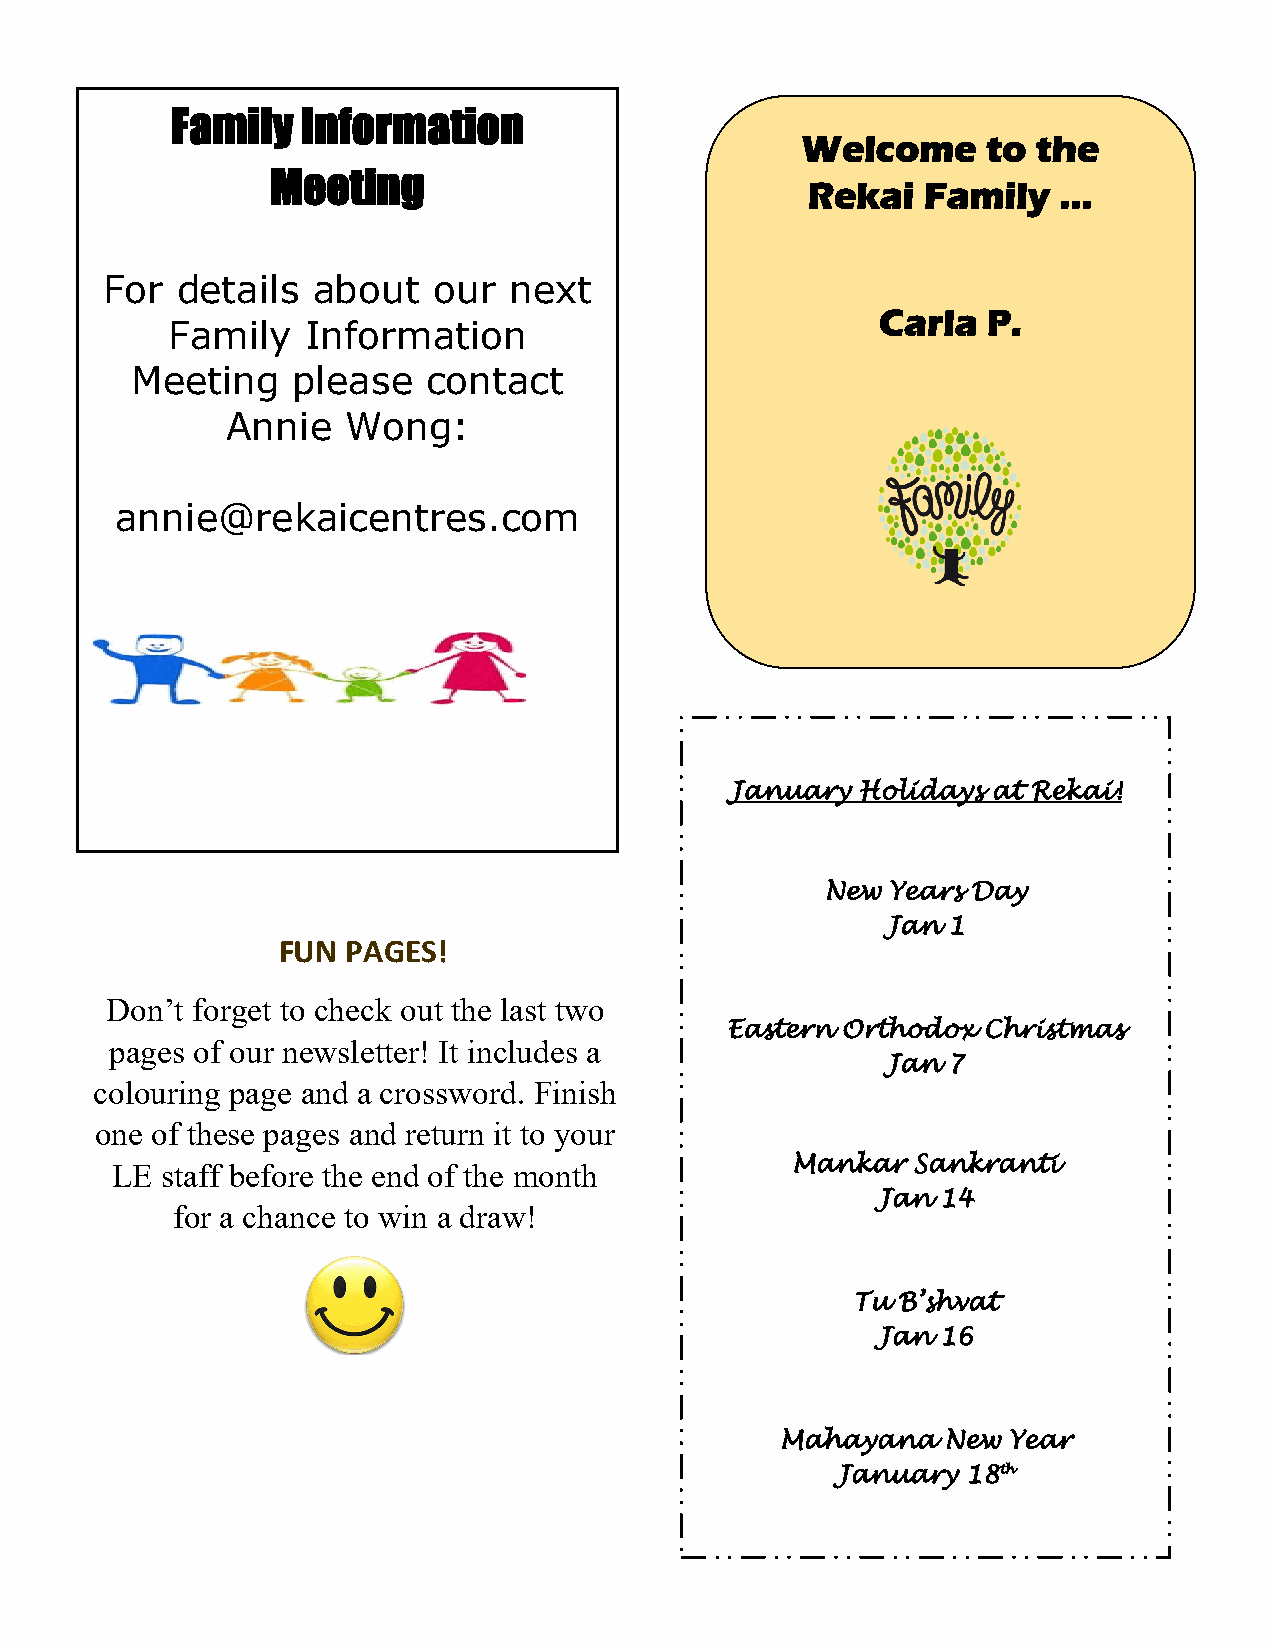
Family   Information
 Welcome     to  the
 Meeting                            Rekai   Family   …
 For  details  about   our  next
 Carla  P.
 Family   Information
 Meeting   please   contact
 Annie   Wong:
 annie@rekaicentres.com
 January  Holidays at Rekai!
 New Years Day
 Jan 1
 FUN  PAGES!
 Don’t forget to check out the last two
 Eastern Orthodox Christmas
 pages of our newsletter! It includes a
 Jan 7
 colouring page and a crossword. Finish
 one of these pages and return it to your
 Mankar  Sankranti
 LE  staff before the end of the month
 Jan 14
 for a chance to win a draw!
 Tu B’shvat
 Jan 16
 Mahayana   New Year
 January  18th